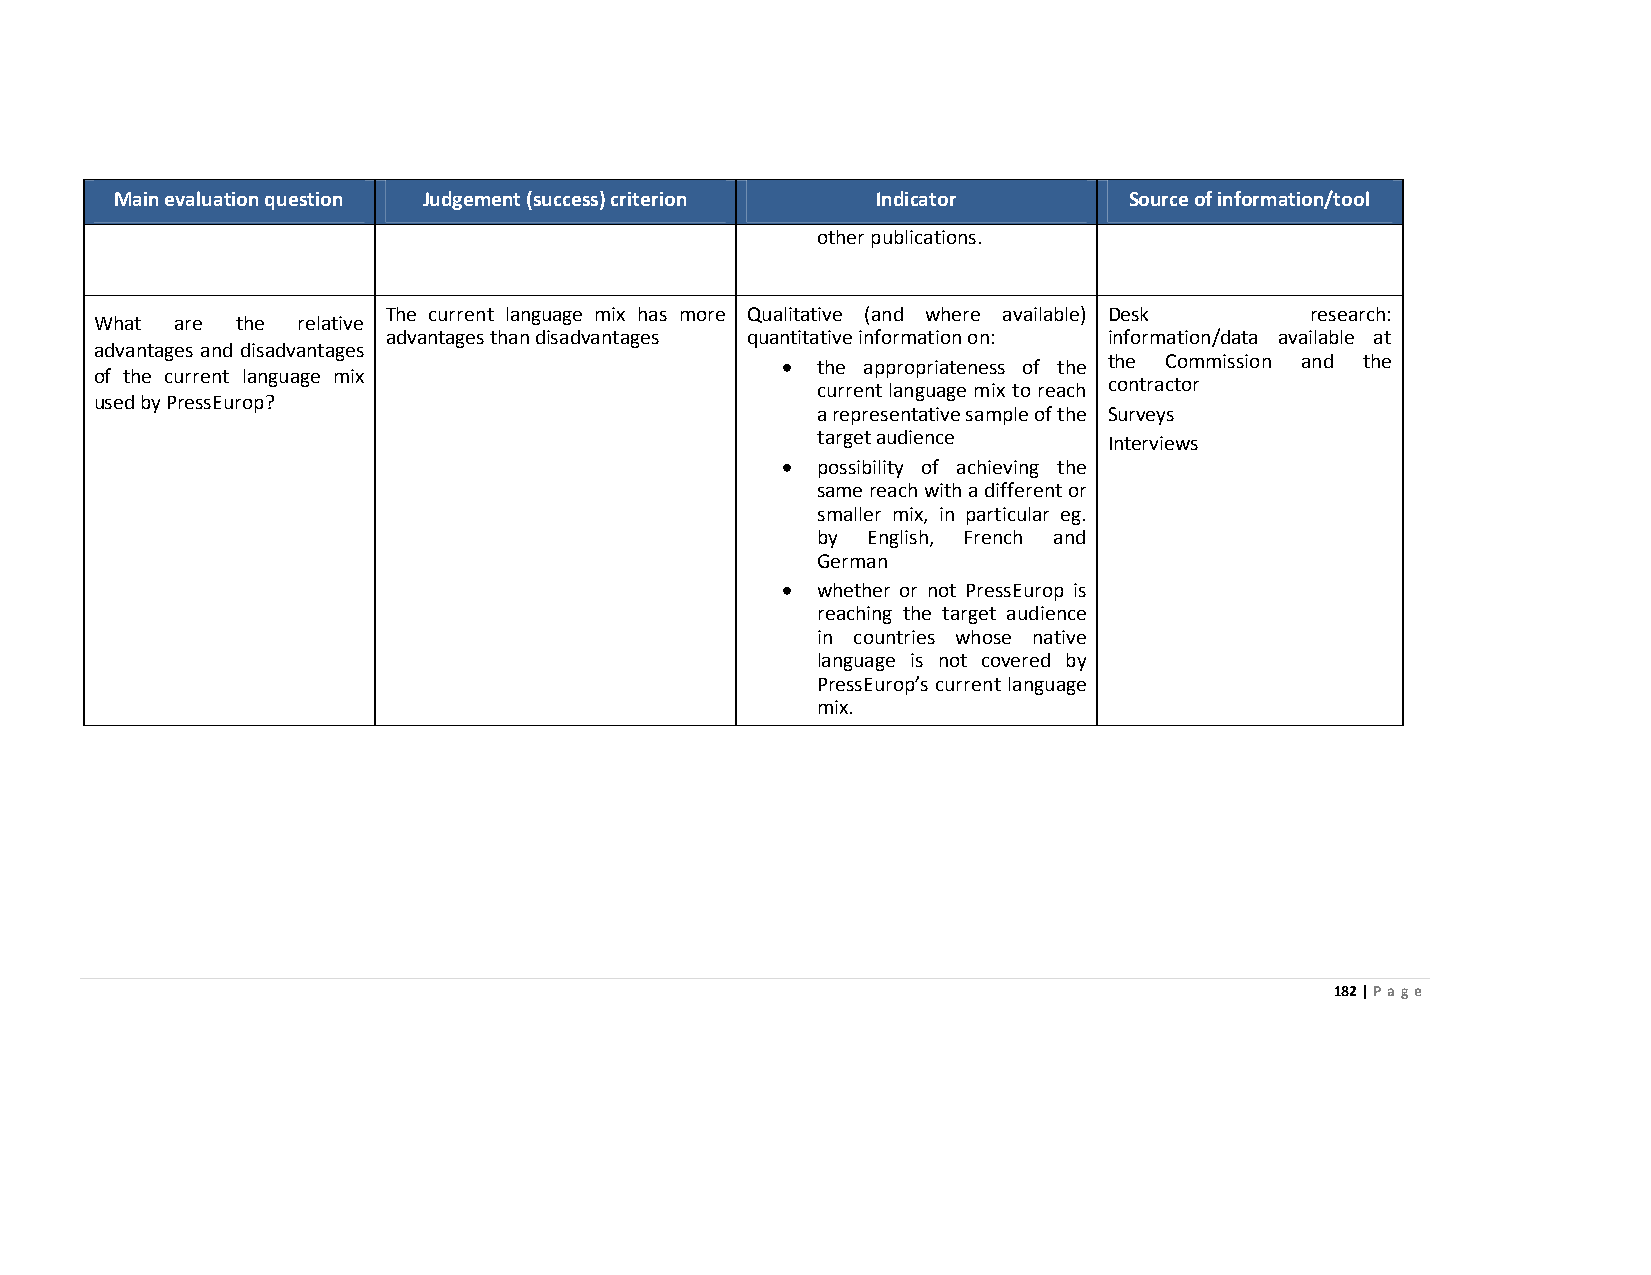
Main evaluation question Judgement (success) criterion Indicator   Source of information/tool
 other publications.
 The current language mix has more Qualitative (and where available) Desk research:
 What  are the relative
 advantages than disadvantages quantitative information on: information/data available at
 advantages and disadvantages
 • the appropriateness of the the Commission and the
 of the current language mix
 current language mix to reach contractor
 used by PressEurop?
 a representative sample of the Surveys
 target audience    Interviews
 • possibility of achieving the
 same reach with a different or
 smaller mix, in particular eg.
 by English, French and
 German
 • whether or not PressEurop is
 reaching the target audience
 in countries whose native
 language is not covered by
 PressEurop’s current language
 mix.
 182 | Page